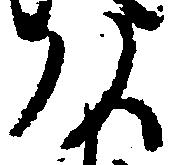
頭